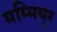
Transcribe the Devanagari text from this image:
मम्मियूर